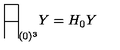
\begin{array} { | c | } \hline { } \\ \hline { } \\ \end{array} _ { ( 0 ) ^ { 3 } } Y = H _ { 0 } Y